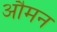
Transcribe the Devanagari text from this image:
औमन